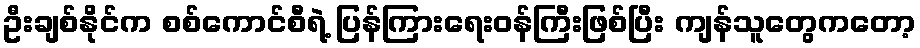
ဦးချစ်နိုင်က စစ်ကောင်စီရဲ့ ပြန်ကြားရေးဝန်ကြီးဖြစ်ပြီး ကျန်သူတွေကတော့